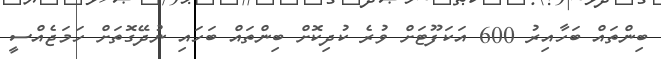
ބިންތައް ބަހާއިރު 600 އަކަފޫޓަށް ވުރެ ކުދިކޮށް ބިންތައް ބަހައި ނުދޭގޮތަށް ހަމަޖެއްސީ